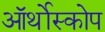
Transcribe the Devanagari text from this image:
ऑर्थोस्कोप